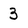
Character: 3